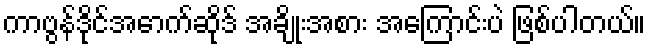
ကာဗွန်ဒိုင်အောက်ဆိုဒ် အချိုးအစား အကြောင်းပဲ ဖြစ်ပါတယ်။